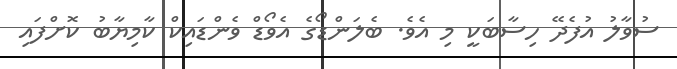
ސުވާލު އުފެދޭ ހިސާބަކީ މި އެވެ. ބެލަންޑޯގެ އެވޯޑް ވެންޑައިކް ކާމިޔާބު ކޮށްފައި